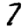
Digit: 7